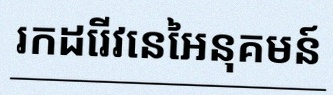
រកដេរីវេនៃអនុគមន៍